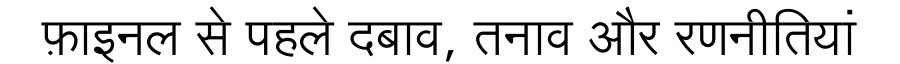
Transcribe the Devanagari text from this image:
फ़ाइनल से पहले दबाव, तनाव और रणनीतियां